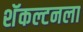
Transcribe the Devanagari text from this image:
शॅकल्टनला